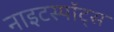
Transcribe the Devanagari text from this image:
नाइटस्पॉट्स